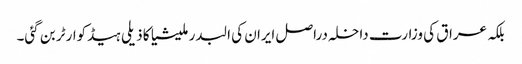
بلکہ عراق کی وزارت داخلہ دراصل ایران کی البدر ملیشیا کا ذیلی ہیڈکوارٹر بن گئی۔